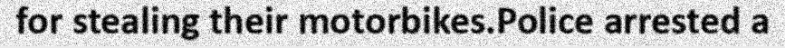
for stealing their motorbikes.Police arrested a